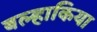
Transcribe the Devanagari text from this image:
बल्हाकिया